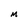
Character: M